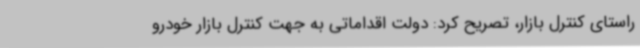
راستای کنترل بازار، تصریح کرد: دولت اقداماتی به جهت کنترل بازار خودرو